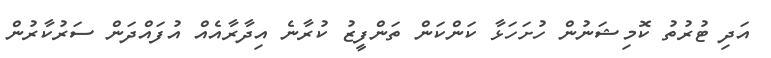
އަދި ޓުރުތު ކޮމިޝަނުން ހުށަހަޅާ ކަންކަން ތަންފީޒު ކުރާނެ އިދާރާއެއް އުފައްދަން ސަރުކާރުން